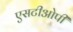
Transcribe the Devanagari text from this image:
एसटीओपी